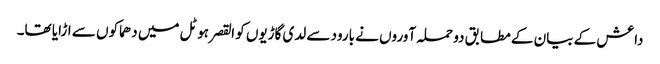
داعش کے بیان کے مطابق دو حملہ آوروں نے بارود سے لدی گاڑیوں کو القصر ہوٹل میں دھماکوں سے اڑایا تھا۔